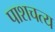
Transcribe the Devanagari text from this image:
पाशचत्य